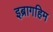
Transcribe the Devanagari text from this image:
इब्रागहिम